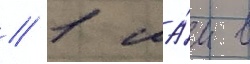
// 1 ма́я в